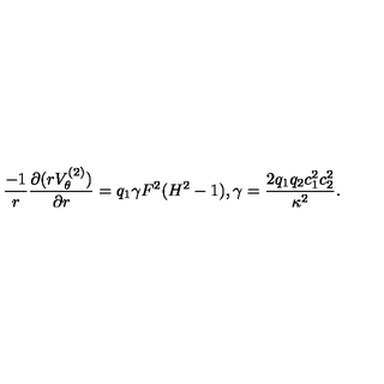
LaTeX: \frac { - 1 } { r } \frac { \partial ( r V _ { \theta } ^ { ( 2 ) } ) } { \partial r } = q _ { 1 } \gamma F ^ { 2 } ( H ^ { 2 } - 1 ) , \gamma = \frac { 2 q _ { 1 } q _ { 2 } c _ { 1 } ^ { 2 } c _ { 2 } ^ { 2 } } { \kappa ^ { 2 } } .